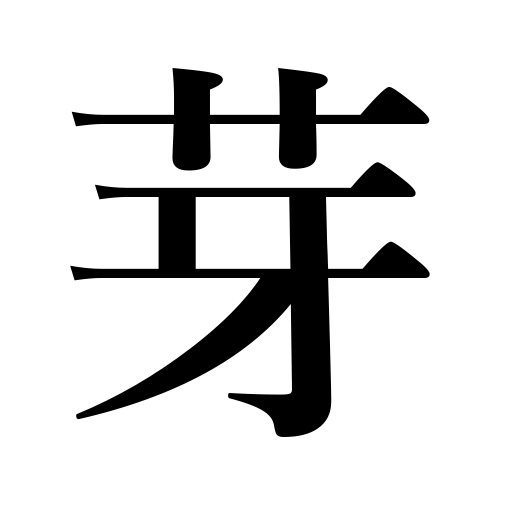
Meanings: sprout,spear,germ